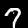
Label: 7